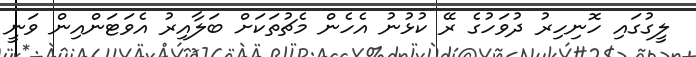
ލީގުގައި ހޮނިހިރު ދުވަހުގެ ރޭ ކުޅުނު އެހެން މެޗުތަކަށް ބަލާއިރު އެވަޓަންއިން ވަނީ